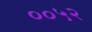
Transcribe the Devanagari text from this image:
००५२